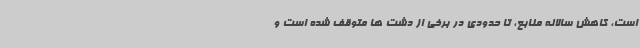
است، کاهش سالانه منابع، تا حدودی در برخی از دشت ها متوقف شده است و